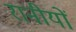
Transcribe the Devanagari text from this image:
रानीयों